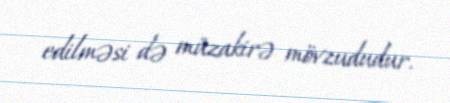
edilməsi də müzakirə mövzududur.